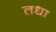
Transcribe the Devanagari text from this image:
तधा